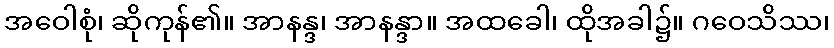
အဝေါစုံ၊ ဆိုကုန်၏။ အာနန္ဒ၊ အာနန္ဒာ။ အထခေါ၊ ထိုအခါ၌။ ဂဝေသိဿ၊